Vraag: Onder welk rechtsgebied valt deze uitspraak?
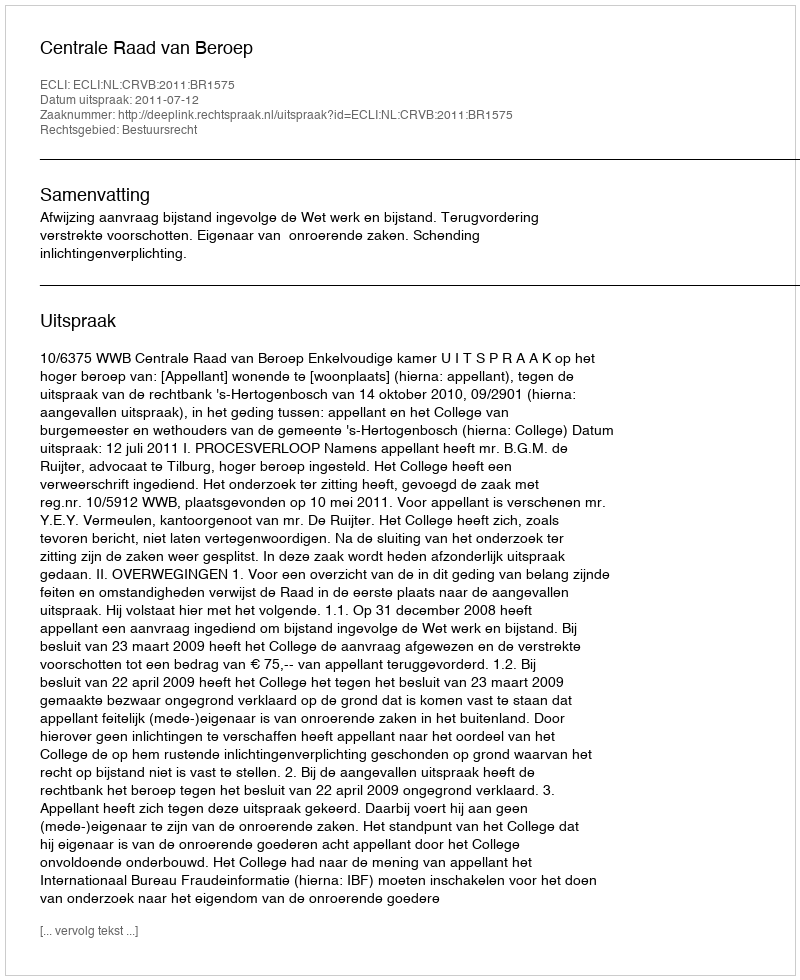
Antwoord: Bestuursrecht